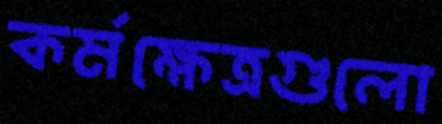
কর্মক্ষেত্রগুলো